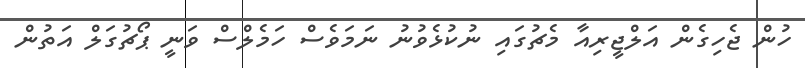
ހުން ޖެހިގެން އަލްޖީރިއާ މެޗުގައި ނުކުޅެވުނު ނަމަވެސް ހަމެލްސް ވަނީ ޕޯޗުގަލް އަތުން